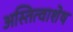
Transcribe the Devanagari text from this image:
अस्तित्वाशेष